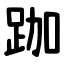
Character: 跏